Eestimaa_Kommunistliku_Partei_Keskkomitee, lk 110
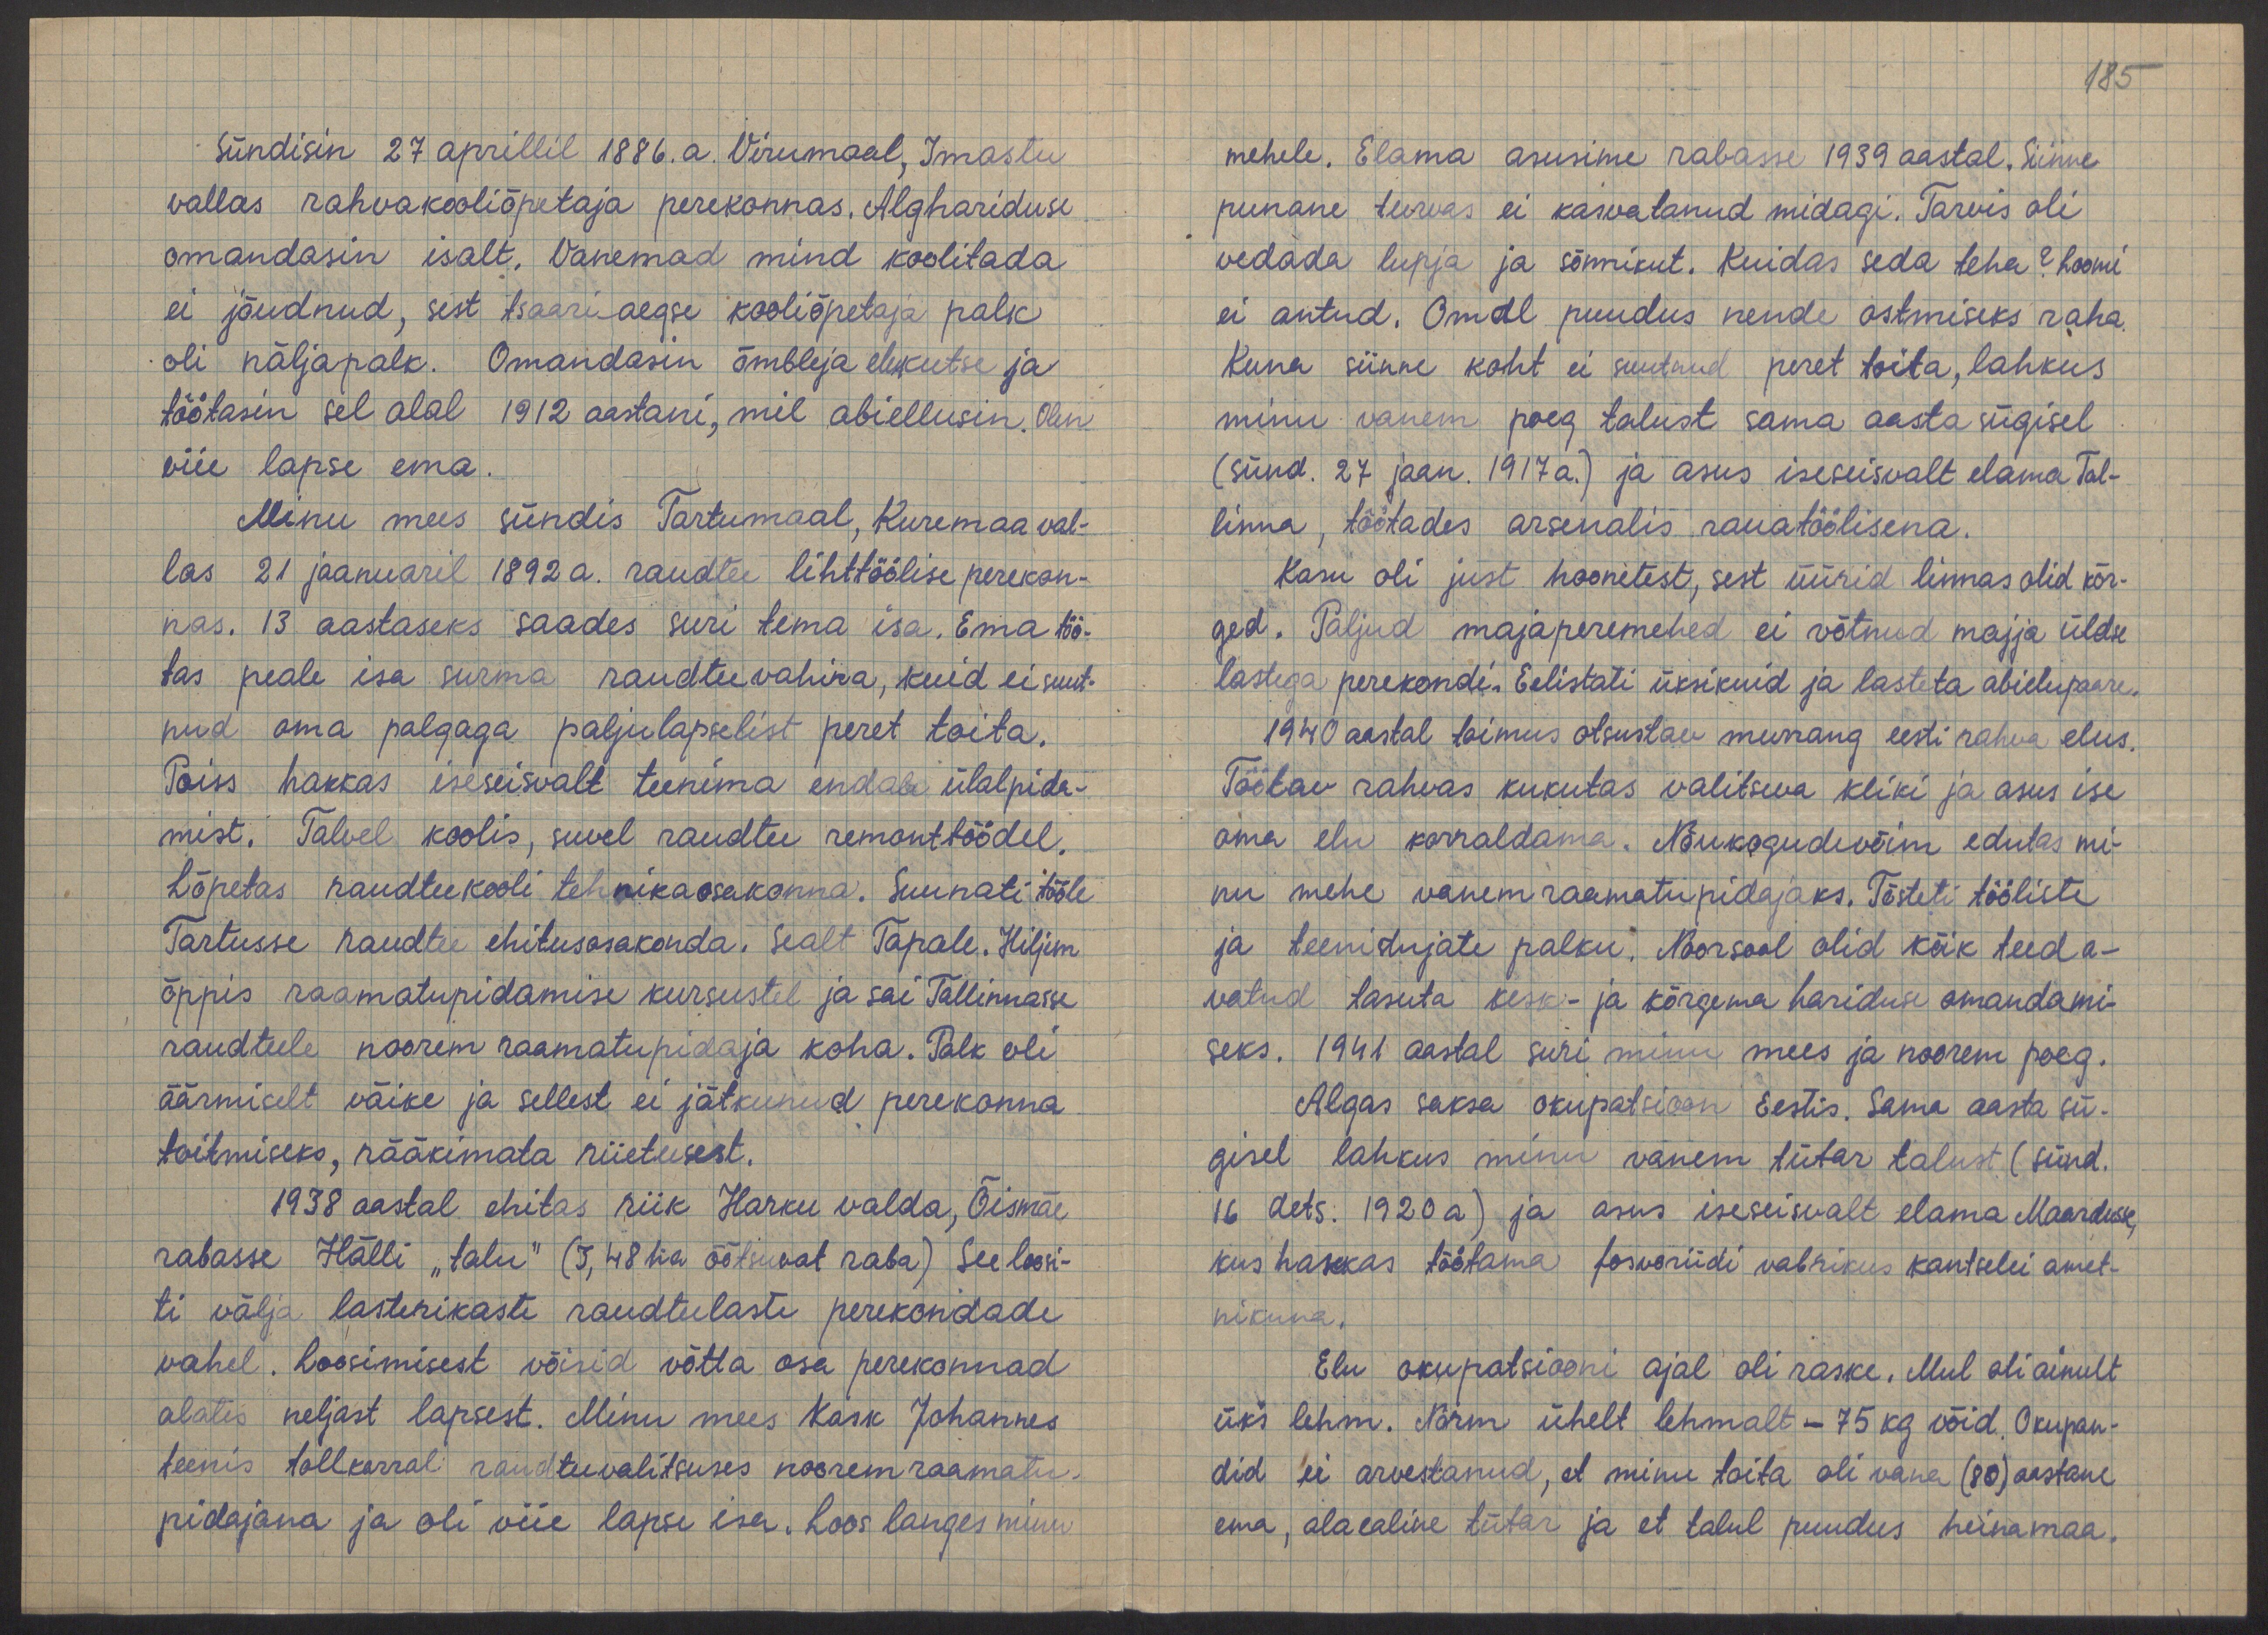
Sündisin 27. aprillil 1886. a. Virumaal, Imastu
vallas rahvakooliõpetaja perekonnas. Alghariduse
omandasin isalt. Vanemad mind koolitada
ei jõudnud, sest tsaariaegse kooliõpetaja palk
oli näljapalk. Omandasin õmbleja elukutse ja
töötasin sel alal 1912 aastani, mil abiellusin. Olen
viie lapse ema.
Minu mees sündis Tartumaal, Kuremaa val-
las 21 jaanuaril 1892 a. raudtee lihttöölise perekon-
nas. 13 aastaseks saades suri tema isa. Ema töö-
tas peale isa surma raudteevahina, kuid ei suut-
nud oma palgaga paljulapselist peret toita.
Poiss hakkas iseseisvalt teenima endale ülalpida-
mist. Talvel koolis, suvel raudtee remonttöödel.
Lõpetas raudteekooli tehnikaosakonna. Suunati tööle
Tartusse raudtee ehitusosakonda. Sealt Tapale. Hiljem
õppis raamatupidamise kursustel ja sai Tallinnasse
raudteele noorem raamatupidaja koha. Palk oli
äärmiselt väike ja sellest ei jätkunud perekonna
toitmiseks, rääkimata riietusest.
1938 aastal ehitas riik Harku valda, Õismäe
rabasse Hälli "talu" (3,48 ha õõtsuvat raba) See loosi-
ti välja lasterikaste raudteelaste perekondade
vahel. Loosimisest võisid võtta osa perekonnad
alates neljast lapsest. Minu mees Kask Johannes
teenis tollkorral raudteevalitsuses noorem raamatu
pidajana ja oli viie lapse isa. Loos langes minu

185
mehele. Elama asusime rabasse 1939 aastal. Siinne
punane turvas ei kasvatanud midagi. Tarvis oli
vedada lupja ja sõnnikut. Kuidas seda teha? Loomi
ei antud. Omal puudus nende ostmiseks raha
Kuna siinne koht ei suutnud peret toita, lahkus
minu vanem poeg talust sama aasta sügisel,
(sünd. 27 jaan. 1917 a.) ja asus iseseisvalt elama Tal-
linna, töötades arsenalis rauatöölisena.
Kasu oli just hoonetest, sest üürid linnas olid kõr-
ged. Paljud majaperemehed ei võtnud majja üldse
lastega perekondi. Eelistati üksikuid ja lasteta abielupaare.
1940 aastal toimus otsustav murrang eesti rahva elus.
Töötav rahvas kukutas valitseva kliki ja asus ise
oma elu korraldama. Nõukogudevõim edutas mi-
nu mehe vanem raamatupidajaks. Tõsteti tööliste
ja teenistujate palku. Noorsool olid kõik teed a-
vatud tasuta kesk- ja kõrgema hariduse omandami-
seks. 1941 aastal suri minu mees ja noorem poeg.
Algas saksa okupatsioon Eestis. Sama aasta sü-
gisel lahkus minu vanem tütar talust (sünd.
16 dets. 1920 a) ja asus iseseisvalt elama Maardusse,
kus hakkas töötama fosvoriidi vabrikus kantselei amet-
nikuna.
Elu okupatsiooni ajal oli raske. Mul oli ainult
üks lehm. Norm ühelt lehmalt - 75 kg võid. Okupan-
did ei arvestanud, et minu toita oli vana (80) aastane
ema, alaealine tütar ja et talul puudus heinamaa.